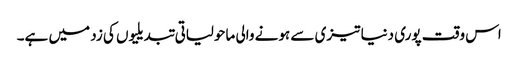
اس وقت پوری دنیا تیزی سے ہونے والی ماحولیاتی تبدیلیوں کی زد میں ہے۔